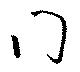
門